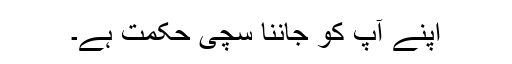
اپنے آپ کو جاننا سچی حکمت ہے۔